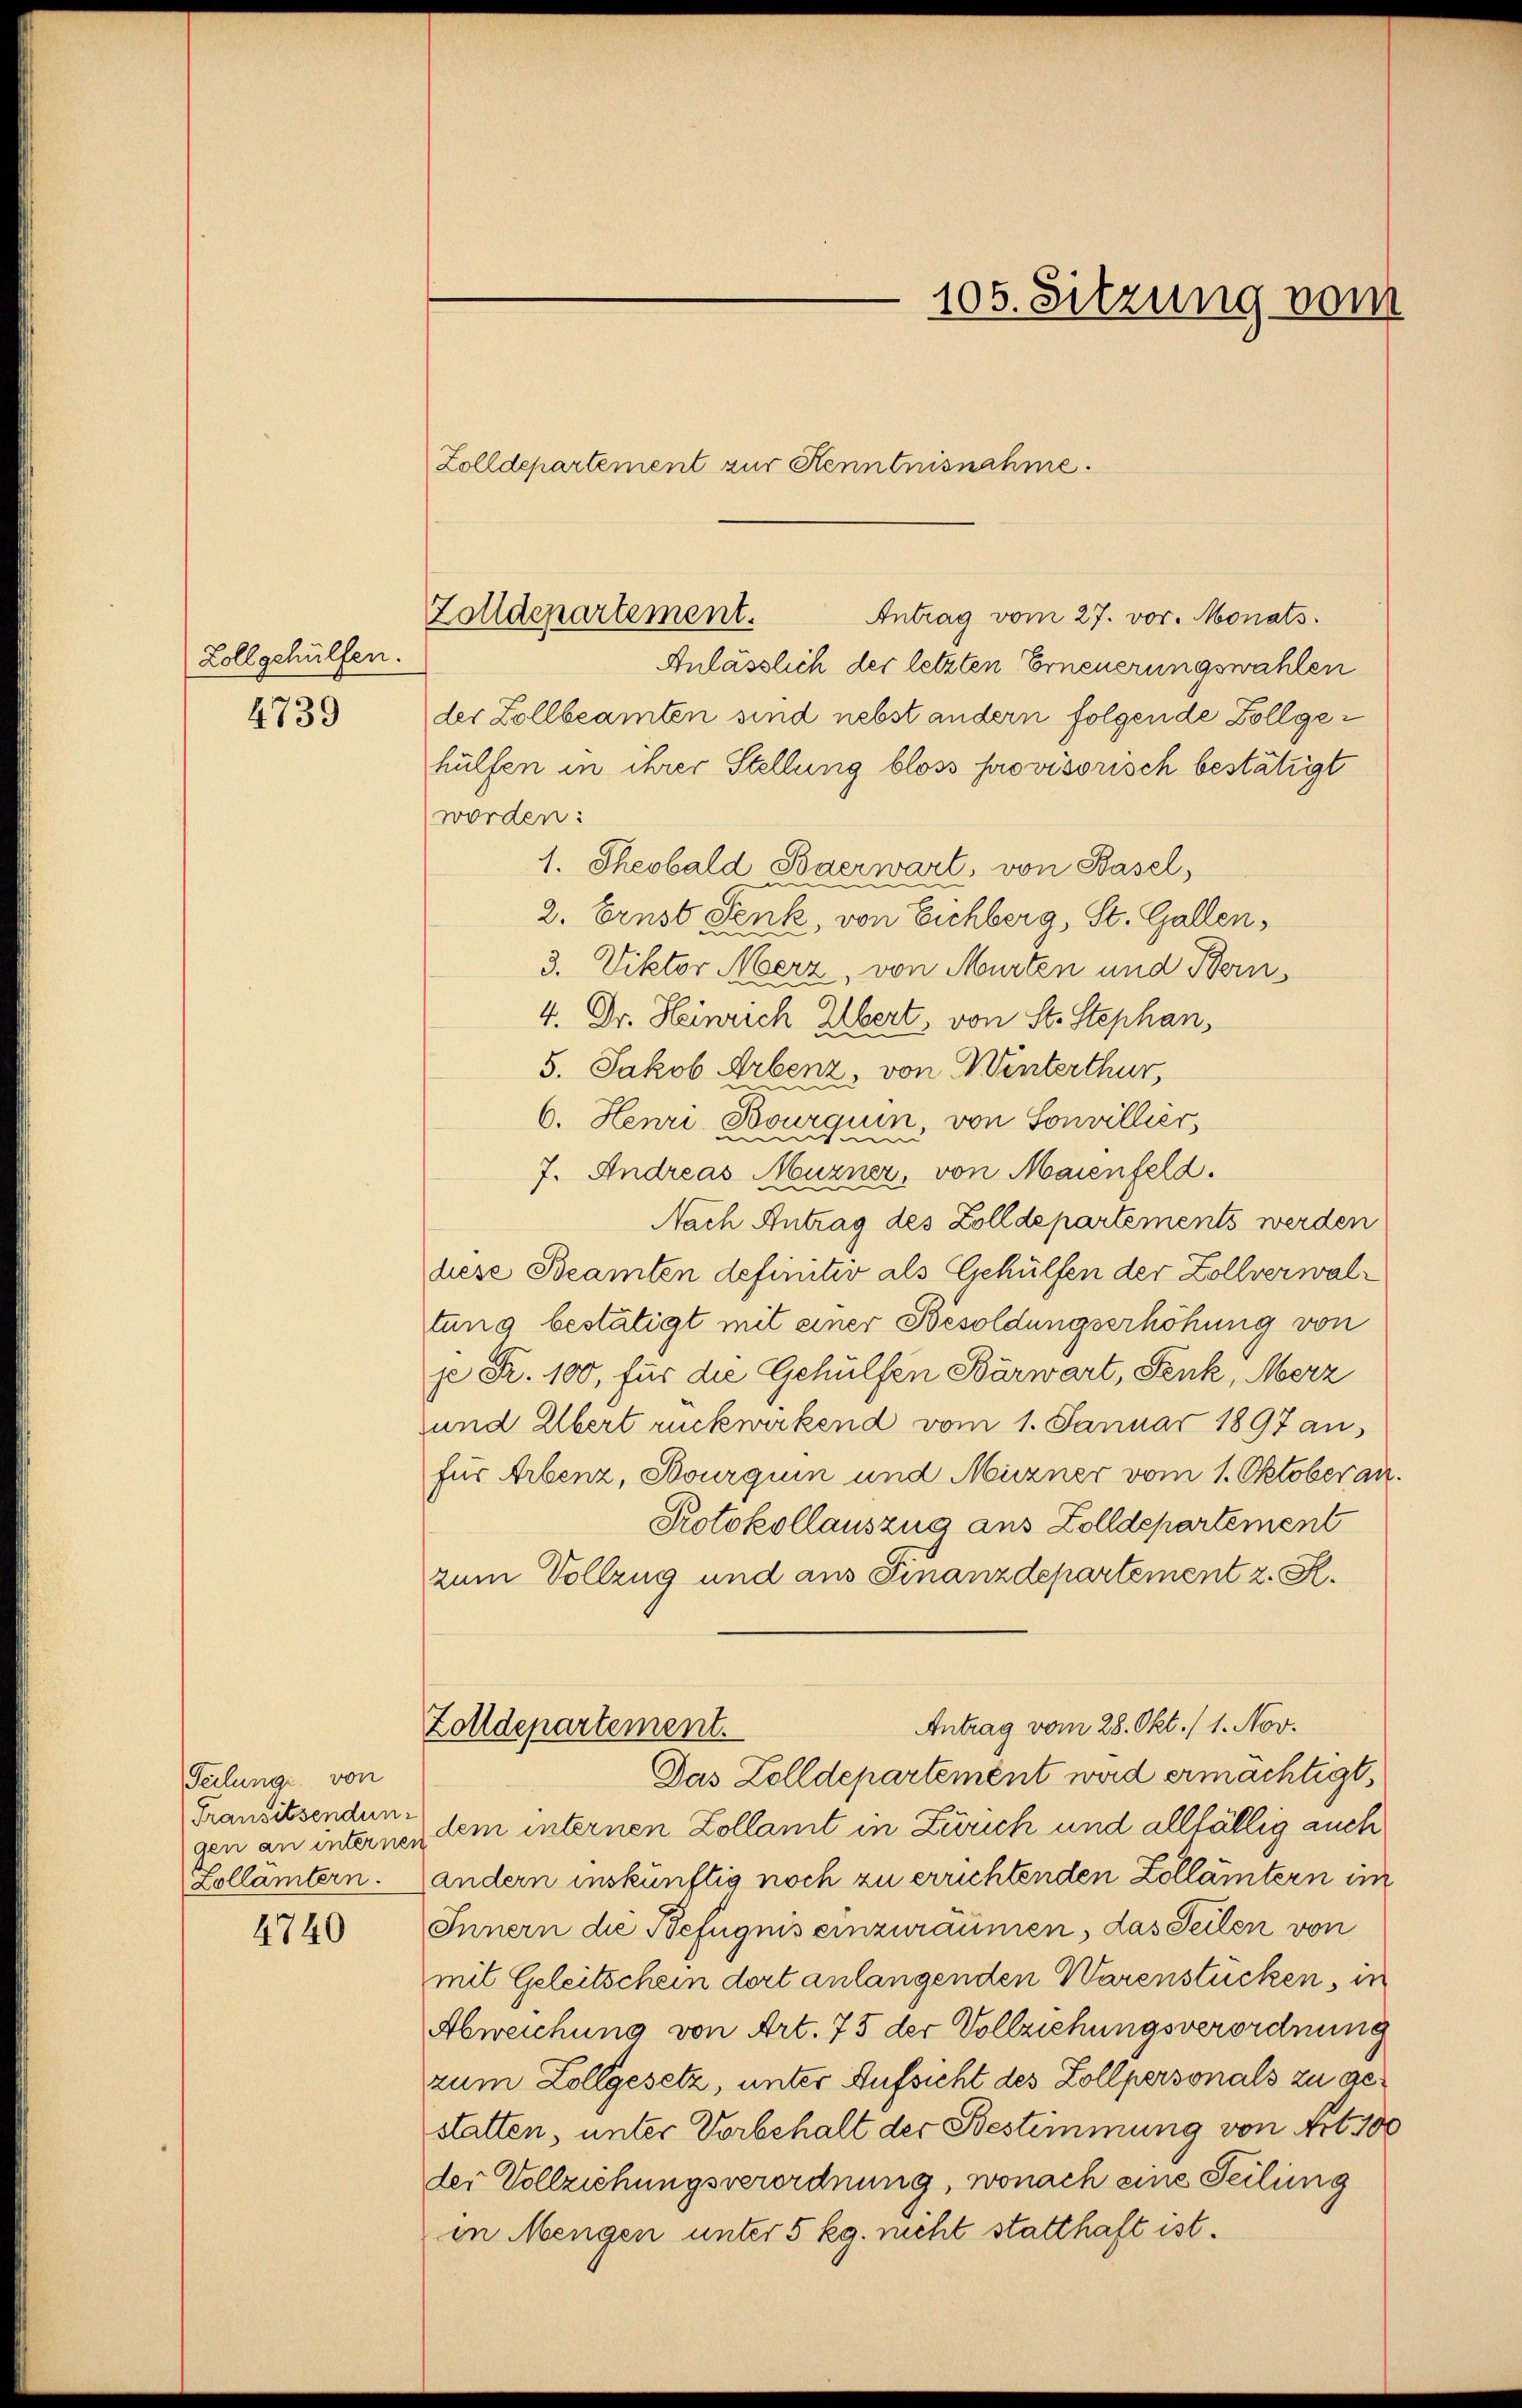
Lollgehülfen.
4739

Teilung von
Transitsendun
Zollämtern.

4740

Zolldepartement zur Kenntnisnahme.
Antrag vom 27. vor. Monats
Anlässlich der letzten Erneuerungswahlen
der Zollbeamten sind nebst andern folgende Zollgehülfen in ihrer Stellung bloss provisorisch bestätigt
worden:
1. Theobald Baerwart, von Basel,
2. Ernst Senk, von Eichberg, St. Gallen,
3. Viktor Merz, von Murten und Bern,
4. Dr. Heinrich Übert, von St. Stephan,
5. Jakob Arbenz, von Winterthur,
6. Henri Bourquin, von Sonvillier,
7. Andreas Muzner, von Maienfeld.
Nach Antrag des Zolldepartements werden
diese Beamten definitiv als Gehülfen der Zollverwaltung bestätigt mit einer Besoldungserhöhung von
je Fr. 100, für die Gehülfen Bärwart, Senk, Merz
und Übert rückwirkend vom 1. Januar 1897 an
für Arbenz, Bourquin und Muzner vom 1. Oktober an.
Protokollauszug aus Zolldepartement
zum Vollzug und aus Finanzdepartement z. R.
Antrag vom 28. Okt./1. Nov.
Zolldepartement.
Das Zolldepartement wird ermächtigt,
gen an interner dem internen Zollamt in Zürich und allfällig auch
andern inskünftig noch zu errichtenden Zollämtern im
Innern die Befugnis einzuräumen, das Seilen von
mit Geleitschein dort anlangenden Warenstücken, in
Abweichung von Art. 75 der Vollziehungsverordnung
zum Zollgesetz, unter Aufsicht des Zollpersonals zu gestatten, unter Vorbehalt der Bestimmung von Art. 300
der Vollziehungsverordnung, wonach eine Teilung
in Mengen unter 5 kg. nicht statthaft ist.

Zolldepartement.

105. Sitzung vom